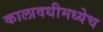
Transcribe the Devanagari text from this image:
कालावधीमध्येच